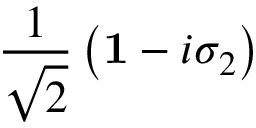
\frac { 1 } { \sqrt { 2 } } \left( { \bf 1 } - i \sigma _ { 2 } \right)